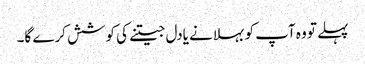
پہلے تو وہ آپ کو بہلانے یادل جیتنے کی کوشش کرے گا۔